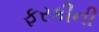
ફરકીની